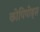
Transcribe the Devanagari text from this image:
कोपिपोड्स